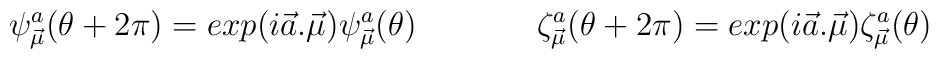
\psi^a_{\vec{\mu}}(\theta+ 2\pi)=exp (i\vec{ a}. \vec{\mu})  \psi^a_{\vec{\mu}}(\theta) \hspace{.6in}  \zeta^a_{\vec{\mu}}(\theta+ 2\pi)=exp(i \vec{a}. \vec{\mu})  \zeta^a_{\vec{\mu}} (\theta)